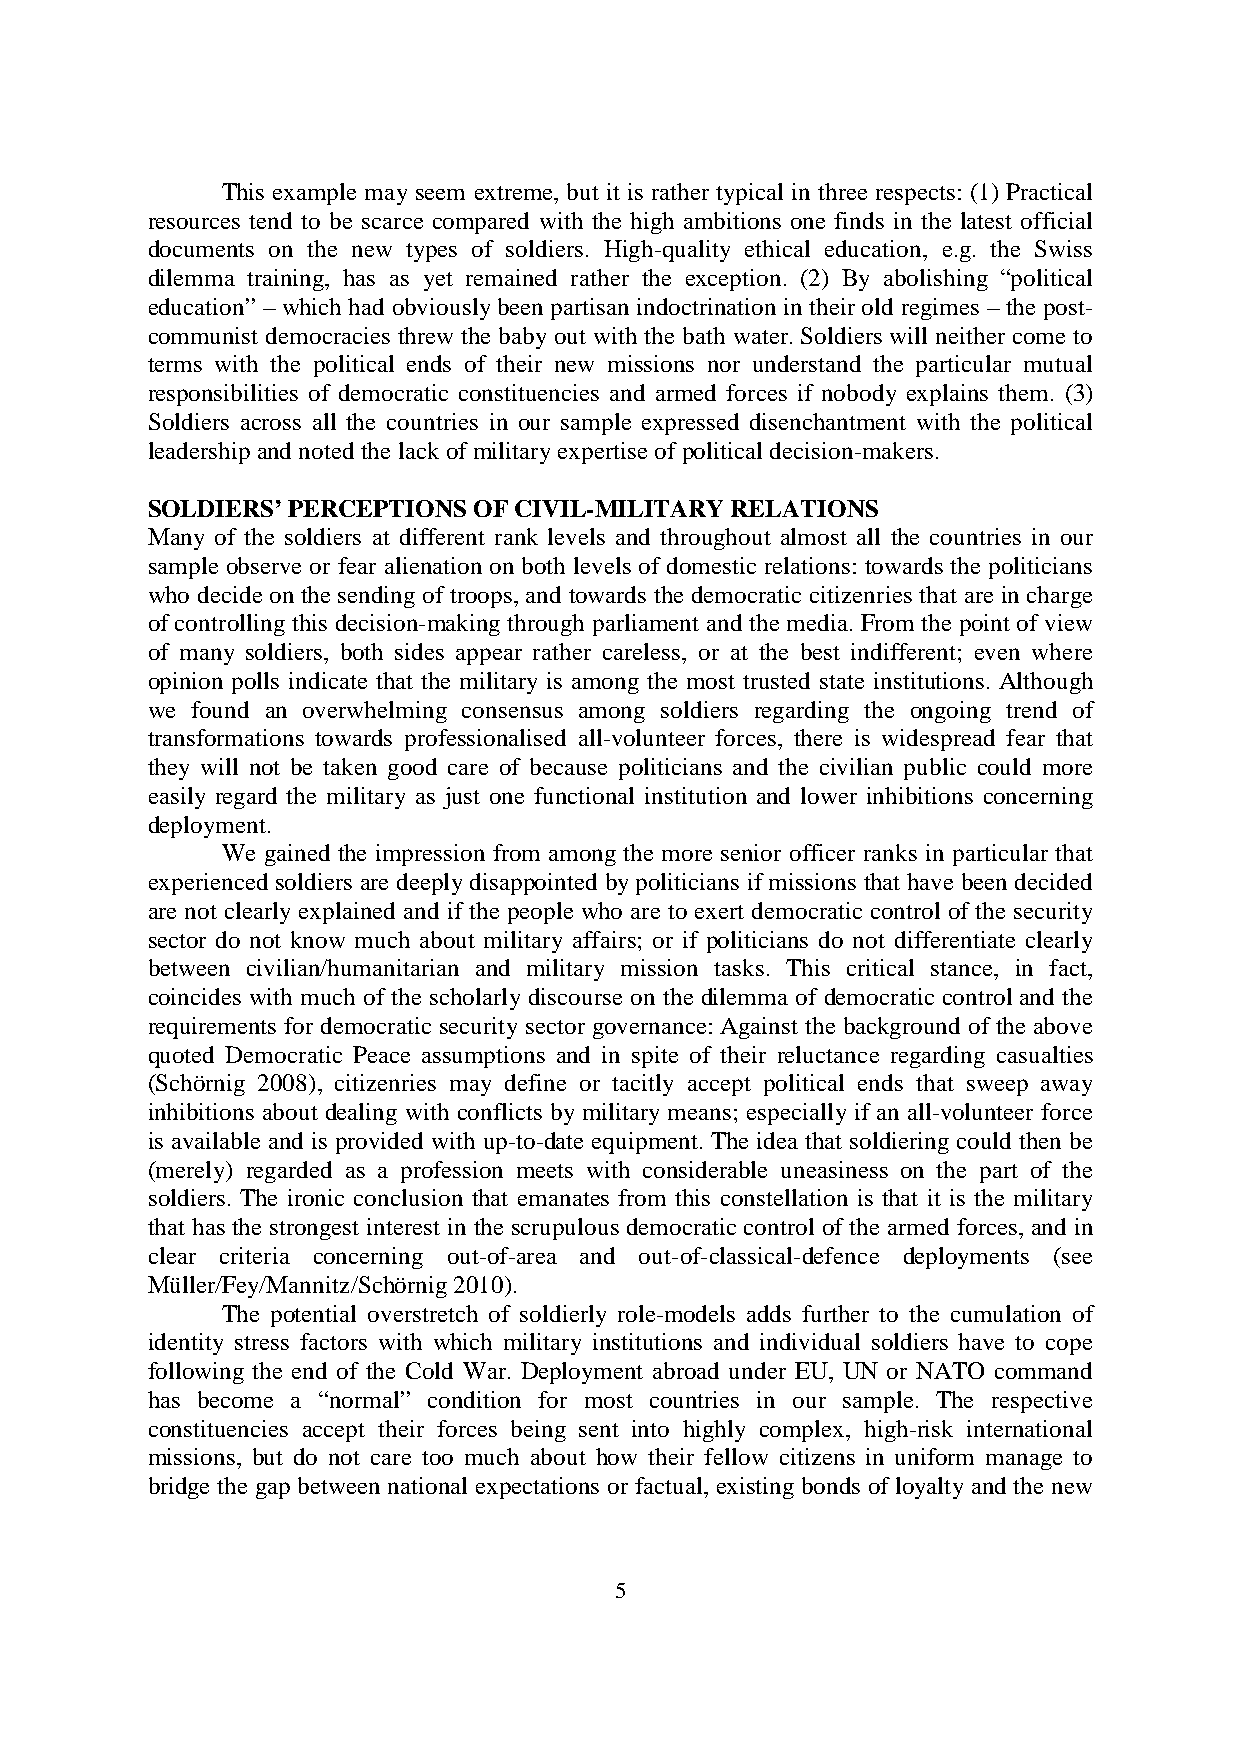
This example may seem extreme, but it is rather typical in three respects: (1) Practical
 resources tend to be scarce compared with the high ambitions one finds in the latest official
 documents on the new types of soldiers. High-quality ethical education, e.g. the Swiss
 dilemma training, has as yet remained rather the exception. (2) By abolishing “political
 education” – which had obviously been partisan indoctrination in their old regimes – the post-
 communist democracies threw the baby out with the bath water. Soldiers will neither come to
 terms with the political ends of their new missions nor understand the particular mutual
 responsibilities of democratic constituencies and armed forces if nobody explains them. (3)
 Soldiers across all the countries in our sample expressed disenchantment with the political
 leadership and noted the lack of military expertise of political decision-makers.
 SOLDIERS’ PERCEPTIONS OF CIVIL-MILITARY RELATIONS
 Many of the soldiers at different rank levels and throughout almost all the countries in our
 sample observe or fear alienation on both levels of domestic relations: towards the politicians
 who decide on the sending of troops, and towards the democratic citizenries that are in charge
 of controlling this decision-making through parliament and the media. From the point of view
 of many soldiers, both sides appear rather careless, or at the best indifferent; even where
 opinion polls indicate that the military is among the most trusted state institutions. Although
 we found an overwhelming consensus among soldiers regarding the ongoing trend of
 transformations towards professionalised all-volunteer forces, there is widespread fear that
 they will not be taken good care of because politicians and the civilian public could more
 easily regard the military as just one functional institution and lower inhibitions concerning
 deployment.
 We gained the impression from among the more senior officer ranks in particular that
 experienced soldiers are deeply disappointed by politicians if missions that have been decided
 are not clearly explained and if the people who are to exert democratic control of the security
 sector do not know much about military affairs; or if politicians do not differentiate clearly
 between civilian/humanitarian and military mission tasks. This critical stance, in fact,
 coincides with much of the scholarly discourse on the dilemma of democratic control and the
 requirements for democratic security sector governance: Against the background of the above
 quoted Democratic Peace assumptions and in spite of their reluctance regarding casualties
 (Schörnig 2008), citizenries may define or tacitly accept political ends that sweep away
 inhibitions about dealing with conflicts by military means; especially if an all-volunteer force
 is available and is provided with up-to-date equipment. The idea that soldiering could then be
 (merely) regarded as a profession meets with considerable uneasiness on the part of the
 soldiers. The ironic conclusion that emanates from this constellation is that it is the military
 that has the strongest interest in the scrupulous democratic control of the armed forces, and in
 clear criteria concerning out-of-area and out-of-classical-defence deployments (see
 Müller/Fey/Mannitz/Schörnig 2010).
 The potential overstretch of soldierly role-models adds further to the cumulation of
 identity stress factors with which military institutions and individual soldiers have to cope
 following the end of the Cold War. Deployment abroad under EU, UN or NATO command
 has become a “normal” condition for most countries in our sample. The respective
 constituencies accept their forces being sent into highly complex, high-risk international
 missions, but do not care too much about how their fellow citizens in uniform manage to
 bridge the gap between national expectations or factual, existing bonds of loyalty and the new
 5